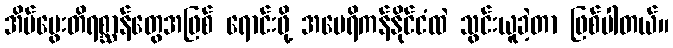
အိမ်မွေးတိရစ္ဆာန်တွေအဖြစ် ရောင်းဖို့ အမေရိကန်နိုင်ငံထဲ သွင်းယူခဲ့တာ ဖြစ်ပါတယ်။